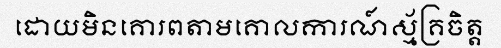
ដោយមិនគោរពតាមគោលការណ៍ស្ម័គ្រចិត្ត